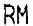
RM